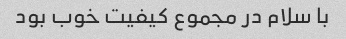
با سلام در مجموع کیفیت خوب بود